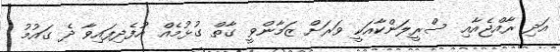
އަދި ރާއްޖެއާއި ސްރީލަންކާއަކީ ވަރަށް ޒަމާންވީ ގާތް ގުޅުމެއް އުފެދިފައިވާ ދެ ގައުމު